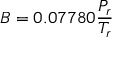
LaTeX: B = 0 . 0 7 7 8 0 { \frac { P _ { r } } { T _ { r } } }